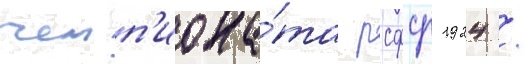
чемп'иона́та рсфср 1924 /